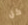
كل